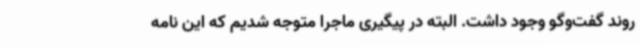
روند گفت‌وگو وجود داشت. البته در پیگیری ماجرا متوجه شدیم که این نامه